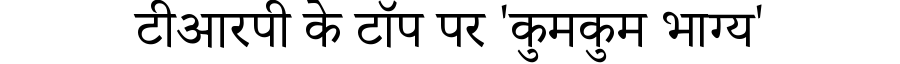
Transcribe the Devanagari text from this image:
टीआरपी के टॉप पर 'कुमकुम भाग्य'